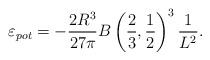
LaTeX: \begin{align*}\varepsilon_{pot} = - \frac{2R^3}{27\pi} B\left ( \frac{2}{3},\frac{1}{2}\right)^3 \frac{1}{L^2} .\end{align*}